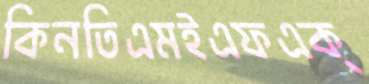
কিনতিএমইএফএক্